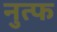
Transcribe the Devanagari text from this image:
नुत्फ